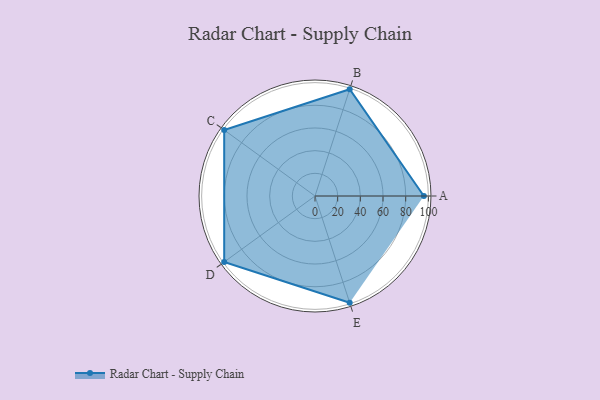
{"axis": {"x": "Skill", "y": "Score"}, "legend": ["Profile"], "data": [{"x": "A", "y": 96.0, "type": "Profile"}, {"x": "B", "y": 99.0, "type": "Profile"}, {"x": "C", "y": 99, "type": "Profile"}, {"x": "D", "y": 99, "type": "Profile"}, {"x": "E", "y": 99, "type": "Profile"}]}